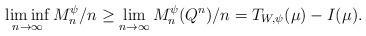
LaTeX: \begin{align*}\liminf_{n\to\infty}M_n^{\psi} / n \ge \lim_{n\to\infty}M_n^{\psi}(Q^n) / n = T_{W,\psi}(\mu) - I(\mu).\end{align*}